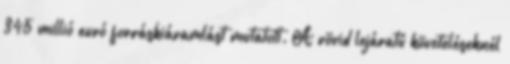
345 millió euró forráskiáramlást mutatott. A rövid lejáratú követeléseknél